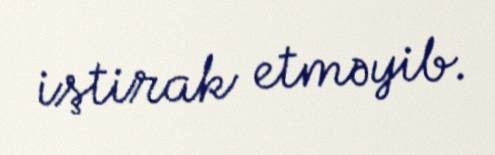
iştirak etməyib.